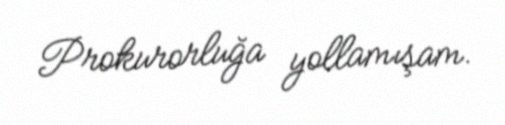
Prokurorluğa yollamışam.